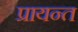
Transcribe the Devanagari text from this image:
प्रायन्त